Senior Leaving Certificate Examination (including Day School Certificate (Higher) General paper), 1949
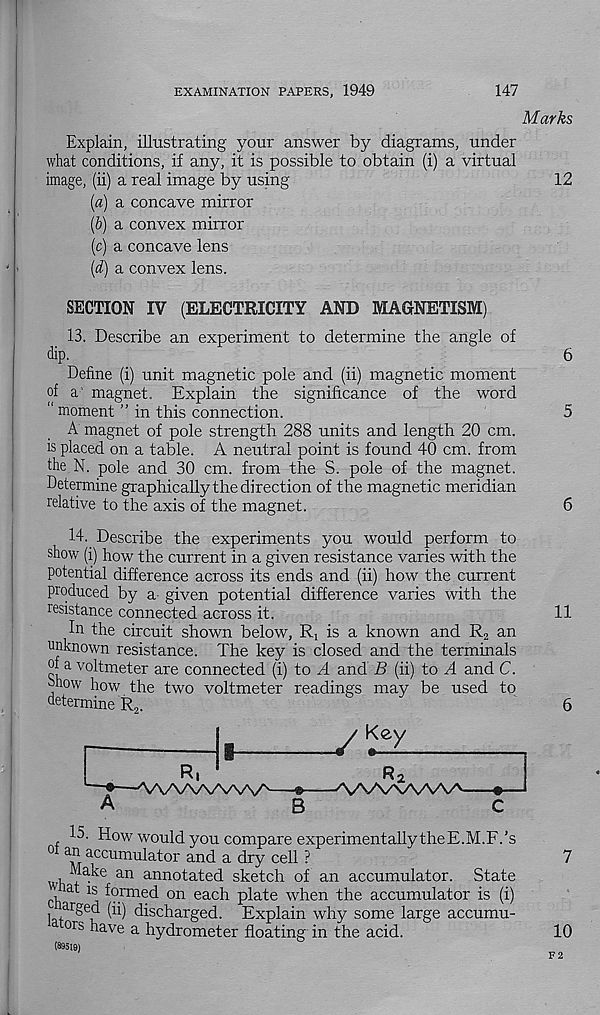
EXAMINATION PAPERS, 1949
147
Marks
Explain, illustrating your answer by diagrams, under
what conditions, if any, it is possible to obtain (i) a virtual
image, (ii) a real image by using
12
{a) a concave mirror
(6) a convex mirror
(c) a concave lens
(d) a convex lens.
SECTION IV (ELECTRICITY AND MAGNETISM)
13. Describe an experiment to determine the angle of
dip.
6
Define (i) unit magnetic pole and (ii) magnetic moment
of a magnet. Explain the significance of the word
“ moment ” in this connection.
5
A magnet of pole strength 288 units and length 20 cm.
is placed on a table. A neutral point is found 40 cm. from
the N. pole and 30 cm. from the S. pole of the magnet.
Determine graphically the direction of the magnetic meridian
relative to the axis of the magnet.
6
14. Describe the experiments you would perform to
show (i) how the current in a given resistance varies with the
potential difference across its ends and (ii) how the current
produced by a given potential difference varies with the
resistance connected across it.
11
In the circuit shown below, Ri is a known and R 2 an
unknown resistance. The key is closed and the terminals
of a voltmeter are connected (i) to A and B (ii) to A and C.
ohow how the two voltmeter readings may be used to
determine R 2 .
6
R.
yKey
A
8
R 2
^VVVXAAAA-
15. How would you compare experimentally theE.M.F.’s
° ^ accumu I a l or an d a dry cell ?
I T™ e an annotated sketch of an accumulator. State
, at is formed on each plate when the accumulator is (i)
1 , ar § e d (ii) discharged. Explain why some large accumu-
°rs have a hydrometer floating in the acid.
7
10